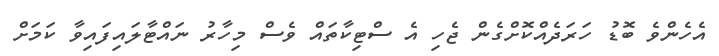
އެހެންވެ ބޮޑު ހަރަދެއްކޮށްގެން ޖެހި އެ ސްޓިކާތައް ވެސް މިހާރު ނައްޓާލައިފައިވާ ކަމަށް